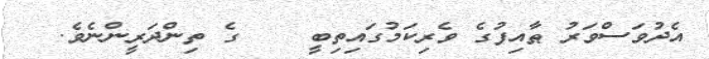
އެދުވަސްވަރު ޠާއިފުގެ ވެރިކަމުގައިތިބީ    ގެ ތިންދަރީންނެވެ.